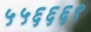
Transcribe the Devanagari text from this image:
५५६६६९